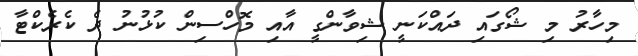
މިހާރު މި ޝޯގައި ދައްކަނީ ޝިވާންގީ އާއި މޮހްސިން ކުޅުނު ދެ ކެރެކްޓާ